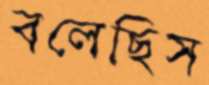
বলেছিস